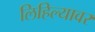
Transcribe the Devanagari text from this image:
लिहिल्यावर